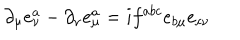
LaTeX: \partial _ { \mu } e _ { \nu } ^ { a } - \partial _ { \nu } e _ { \mu } ^ { a } = i f ^ { a b c } e _ { b \mu } e _ { c \nu }